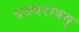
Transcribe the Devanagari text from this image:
पञ्चरात्रम्‌